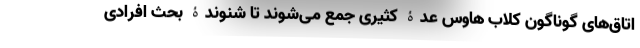
اتاق‌های گوناگون کلاب هاوس عدۀ کثیری جمع می‌شوند تا شنوندۀ بحث افرادی